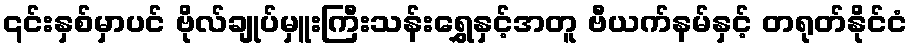
၎င်းနှစ်မှာပင် ဗိုလ်ချုပ်မှူးကြီးသန်းရွှေနှင့်အတူ ဗီယက်နမ်နှင့် တရုတ်နိုင်ငံ